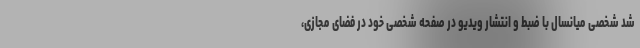
شد شخصی میانسال با ضبط و انتشار ویدیو در صفحه شخصی خود در فضای مجازی،